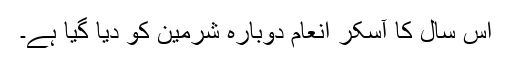
اس سال کا آسکر انعام دوبارہ شرمین کو دیا گیا ہے۔